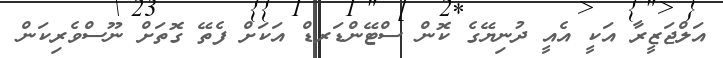
އަލްޖަޒީރާ އަކީ އެއީ ދުނިޔޭގެ ކޮން ސްޓޭންޑަރޑް އަކަށް ފެތޭ ގޮތަށް ނޫސްވެރިކަން